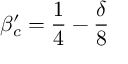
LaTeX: \beta _ { c } ^ { \prime } = \frac { 1 } { 4 } - \frac { \delta } { 8 }